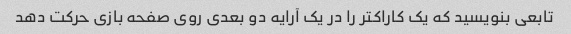
تابعی بنویسید که یک کاراکتر را در یک آرایه دو بعدی روی صفحه بازی حرکت دهد